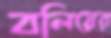
বলিয়ের